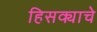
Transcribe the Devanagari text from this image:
हिसक्याचे